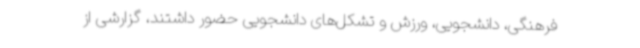
فرهنگی، دانشجویی، ورزش و تشکل‌های دانشجویی حضور داشتند، گزارشی از